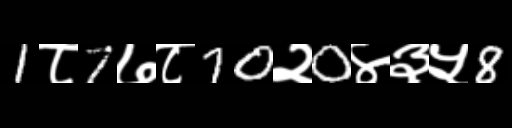
Text: 1८7७८70२0४३५8